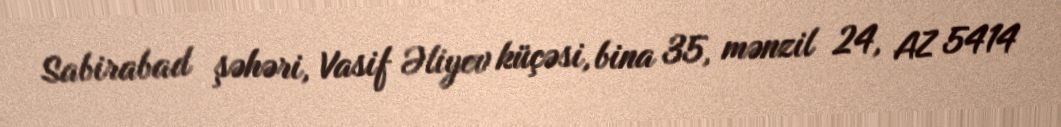
Sabirabad şəhəri, Vasif Əliyev küçəsi, bina 35, mənzil 24, AZ 5414